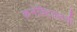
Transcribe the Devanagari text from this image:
कनेक्टिकटची